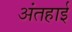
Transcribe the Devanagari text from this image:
अंतहाई